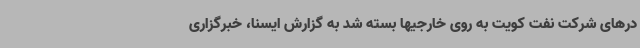
درهای شرکت نفت کویت به روی خارجیها بسته شد به گزارش ایسنا، خبرگزاری